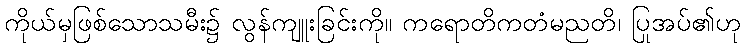
ကိုယ်မှဖြစ်သောသမီး၌ လွန်ကျူးခြင်းကို။ ကရောတိကတံမညတိ၊ ပြုအပ်၏ဟု